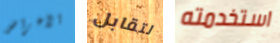
الأغراض لتقابل استخدمته